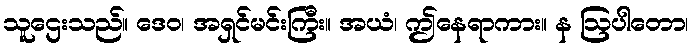
သူဌေးသည်။ ဒေဝ၊ အရှင်မင်းကြီး။ အယံ၊ ဤနေရာကား။ န ဩပါတော၊